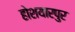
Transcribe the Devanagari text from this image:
होशयारपुर